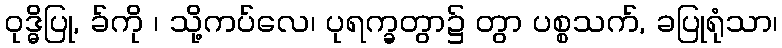
ဝုဒ္ဓိပြု, ခ်ကို ၊ သို့ကပ်လေ၊ ပုရက္ခတွာ၌ တွာ ပစ္စသက်, ခပြုရုံသာ၊